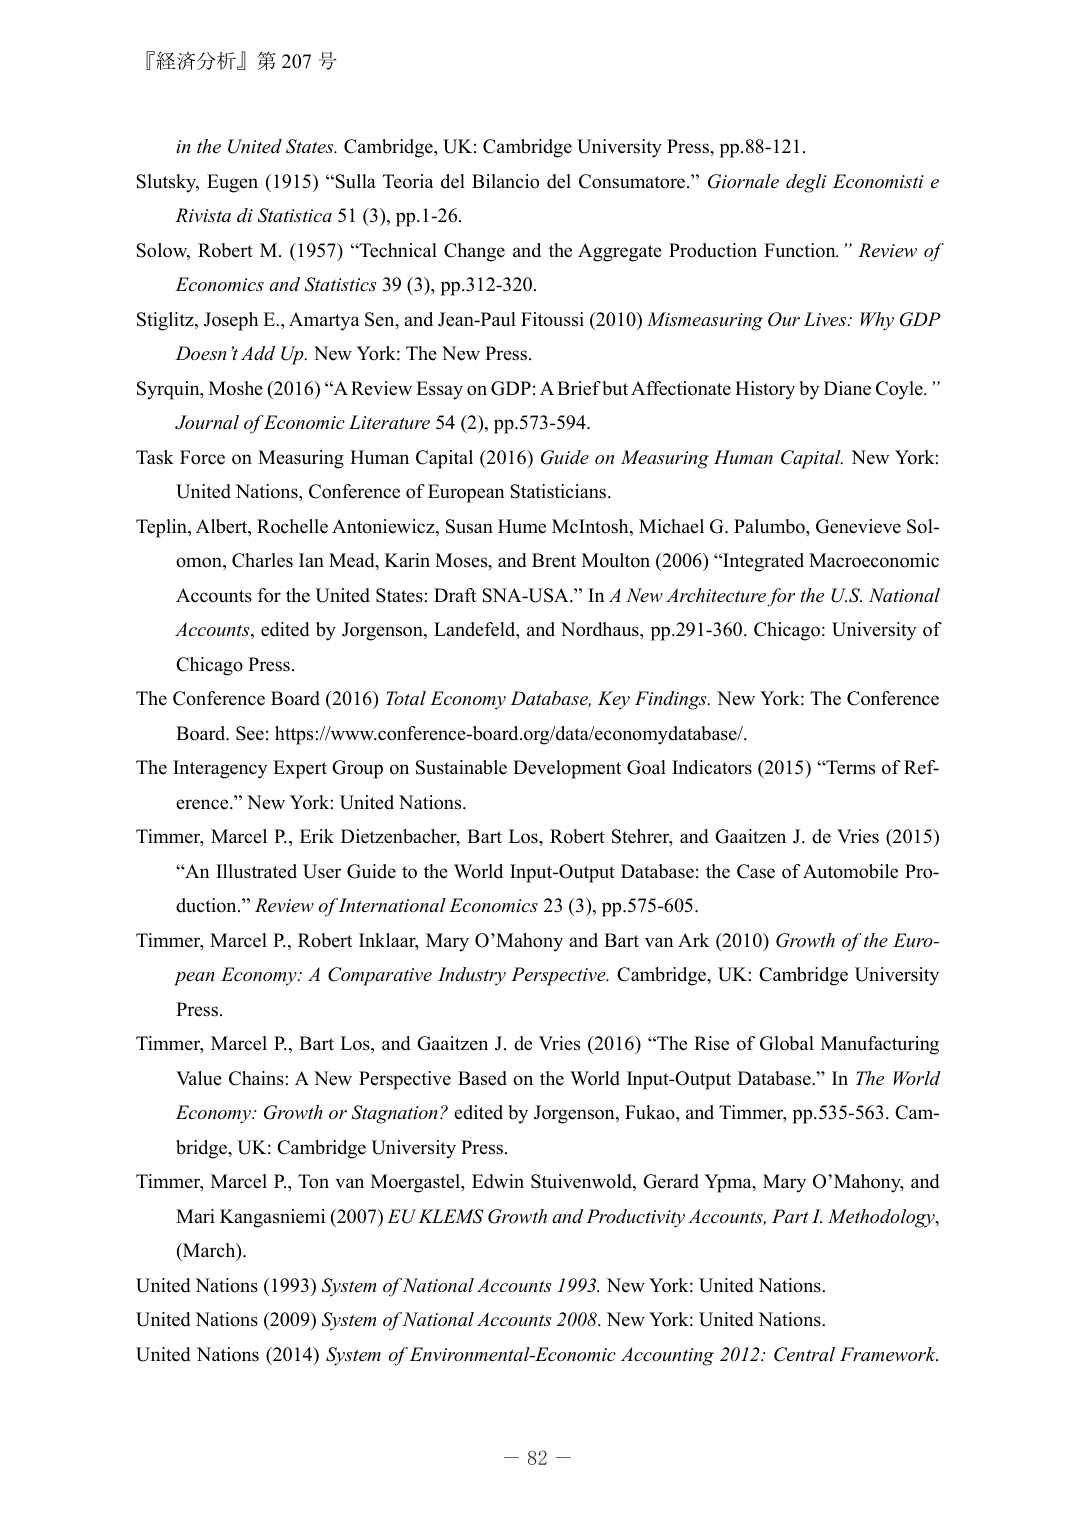
『経済分析』第 207 号

in the United States. Cambridge, UK: Cambridge University Press, pp.88-121.

Slutsky, Eugen (1915) “Sulla Teoria del Bilancio del Consumatore.” Giornale degli Economisti e Rivista di Statistica 51 (3), pp.1-26.

Solow, Robert M. (1957) “Technical Change and the Aggregate Production Function.” Review of Economics and Statistics 39 (3), pp.312-320.

Stiglitz, Joseph E., Amartya Sen, and Jean-Paul Fitoussi (2010) Mismeasuring Our Lives: Why GDP Doesn’t Add Up. New York: The New Press.

Syrgin, Moshe (2016) “A Review Essay on GDP: A Brief but Affectionate History by Diane Coyle.” Journal of Economic Literature 54 (2), pp.573-594.

Task Force on Measuring Human Capital (2016) Guide on Measuring Human Capital. New York: United Nations, Conference of European Statisticians.

Teplin, Albert, Rochelle Antoniewicz, Susan Hume McIntosh, Michael G. Palumbo, Genevieve Solomon, Charles Ian Mead, Karin Moses, and Brent Moulton (2006) “Integrated Macroeconomic Accounts for the United States: Draft SNA-USA.” In A New Architecture for the U.S. National Accounts, edited by Jorgenson, Landefeld, and Nordhaus, pp.291-360. Chicago: University of Chicago Press.

The Conference Board (2016) Total Economy Database, Key Findings. New York: The Conference Board. See: https://www.conference-board.org/data/economydatabase/.

The Interagency Expert Group on Sustainable Development Goal Indicators (2015) “Terms of Reference.” New York: United Nations.

Timmer, Marcel P., Erik Dietzenbacher, Bart Los, Robert Stehrer, and Gaaitsen J. de Vries (2015) “An Illustrated User Guide to the World Input-Output Database: the Case of Automobile Production.” Review of International Economics 23 (3), pp.575-605.

Timmer, Marcel P., Robert Inklaar, Mary O’Mahony and Bart van Ark (2010) Growth of the European Economy: A Comparative Industry Perspective. Cambridge, UK: Cambridge University Press.

Timmer, Marcel P., Bart Los, and Gaaitsen J. de Vries (2016) “The Rise of Global Manufacturing Value Chains: A New Perspective Based on the World Input-Output Database.” In The World Economy: Growth or Stagnation? edited by Jorgenson, Fukao, and Timmer, pp.535-563. Cambridge, UK: Cambridge University Press.

Timmer, Marcel P., Ton van Moergastel, Edwin Stuivenwold, Gerard Ypma, Mary O’Mahony, and Mari Kangasniemi (2007) EU KLEMS Growth and Productivity Accounts, Part I. Methodology, (March).

United Nations (1993) System of National Accounts 1993. New York: United Nations.

United Nations (2009) System of National Accounts 2008. New York: United Nations.

United Nations (2014) System of Environmental-Economic Accounting 2012: Central Framework.

－ 82 －